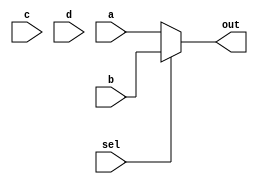
module mux4to1(sel,a,b,c,d,out);
	input a;
	input b;
	input c;
	input d;
	
	input sel;
	output out;

	assign out = (sel==2'b00) ? a: 
					 (sel==2'b01) ? b:
					 (sel==2'b10) ? c:d;
endmodule